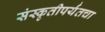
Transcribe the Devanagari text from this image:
संस्कृतीपर्यंतचा